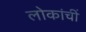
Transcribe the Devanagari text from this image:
लोकांचीं